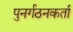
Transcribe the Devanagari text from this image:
पुनर्गठनकर्ता